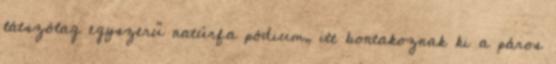
látszólag egyszerű natúrfa pódium, itt bontakoznak ki a páros